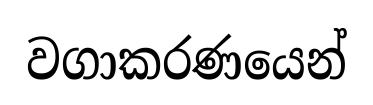
වගාකරණයෙන්